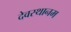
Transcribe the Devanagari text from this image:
देवस्‍थानम